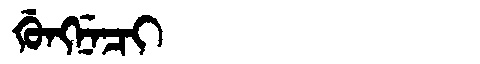
Manchu: ᡤᡠᠩᠨᡝᠴᡳ
Romanization: GUNGNECI